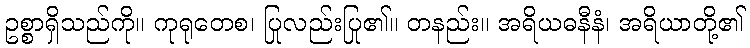
ဥစ္စာရှိသည်ကို။ ကုရုတေစ၊ ပြုလည်းပြု၏။ တနည်း။ အရိယဓနီနံ၊ အရိယာတို့၏